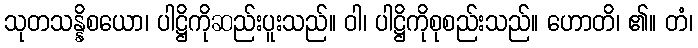
သုတသန္နိစယော၊ ပါဋ္ဌိကိုဆည်းပူးသည်။ ဝါ၊ ပါဋ္ဌိကိုစုစည်းသည်။ ဟောတိ၊ ၏။ တံ၊